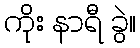
ကိုး နာရီ ခွဲ။